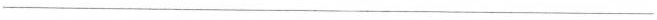
___